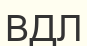
ВДЛ